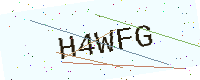
Text: H4WFG